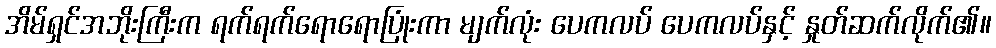
အိမ်ရှင်အဘိုးကြီးက ရက်ရက်ရောရောပြုံးကာ မျက်လုံး ပေကလပ် ပေကလပ်နှင့် နှုတ်ဆက်လိုက်၏။